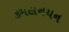
કમલનયન